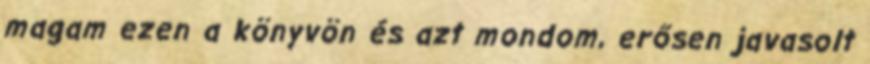
magam ezen a könyvön és azt mondom, erősen javasolt